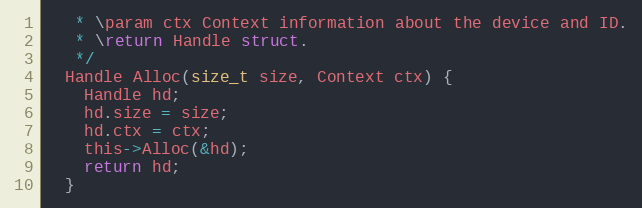
Language: C
   * \param ctx Context information about the device and ID.
   * \return Handle struct.
   */
  Handle Alloc(size_t size, Context ctx) {
    Handle hd;
    hd.size = size;
    hd.ctx = ctx;
    this->Alloc(&hd);
    return hd;
  }